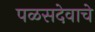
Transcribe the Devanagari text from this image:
पळसदेवाचे